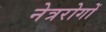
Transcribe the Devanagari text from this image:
नेत्ररोगों